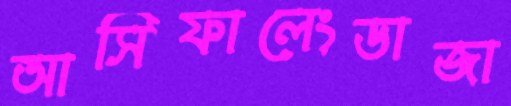
আসিফালেংডাজা